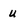
Character: U